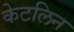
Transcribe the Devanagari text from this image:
केटलिन